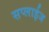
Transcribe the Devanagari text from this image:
सप्लाईज